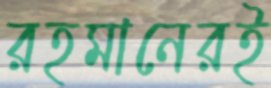
রহমানেরই